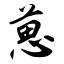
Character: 葸